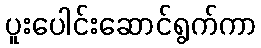
ပူးပေါင်းဆောင်ရွက်ကာ